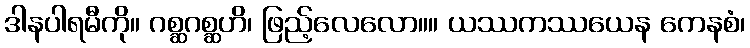
ဒါနပါရမီကို။ ဂစ္ဆဂစ္ဆဟိ၊ ဖြည့်လေလော။။ ယဿကဿယေန ကေနစံ၊